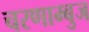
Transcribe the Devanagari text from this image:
चरणाम्बुज